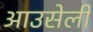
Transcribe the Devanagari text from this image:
आउसेली